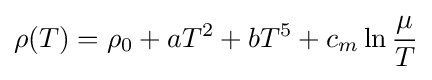
\rho (T)=\rho _{0}+aT^{2}+bT^{5}+c_{m}\ln {\frac {\mu }{T}}